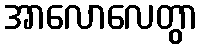
အာလောလေတွာ